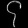
Digit: ၄